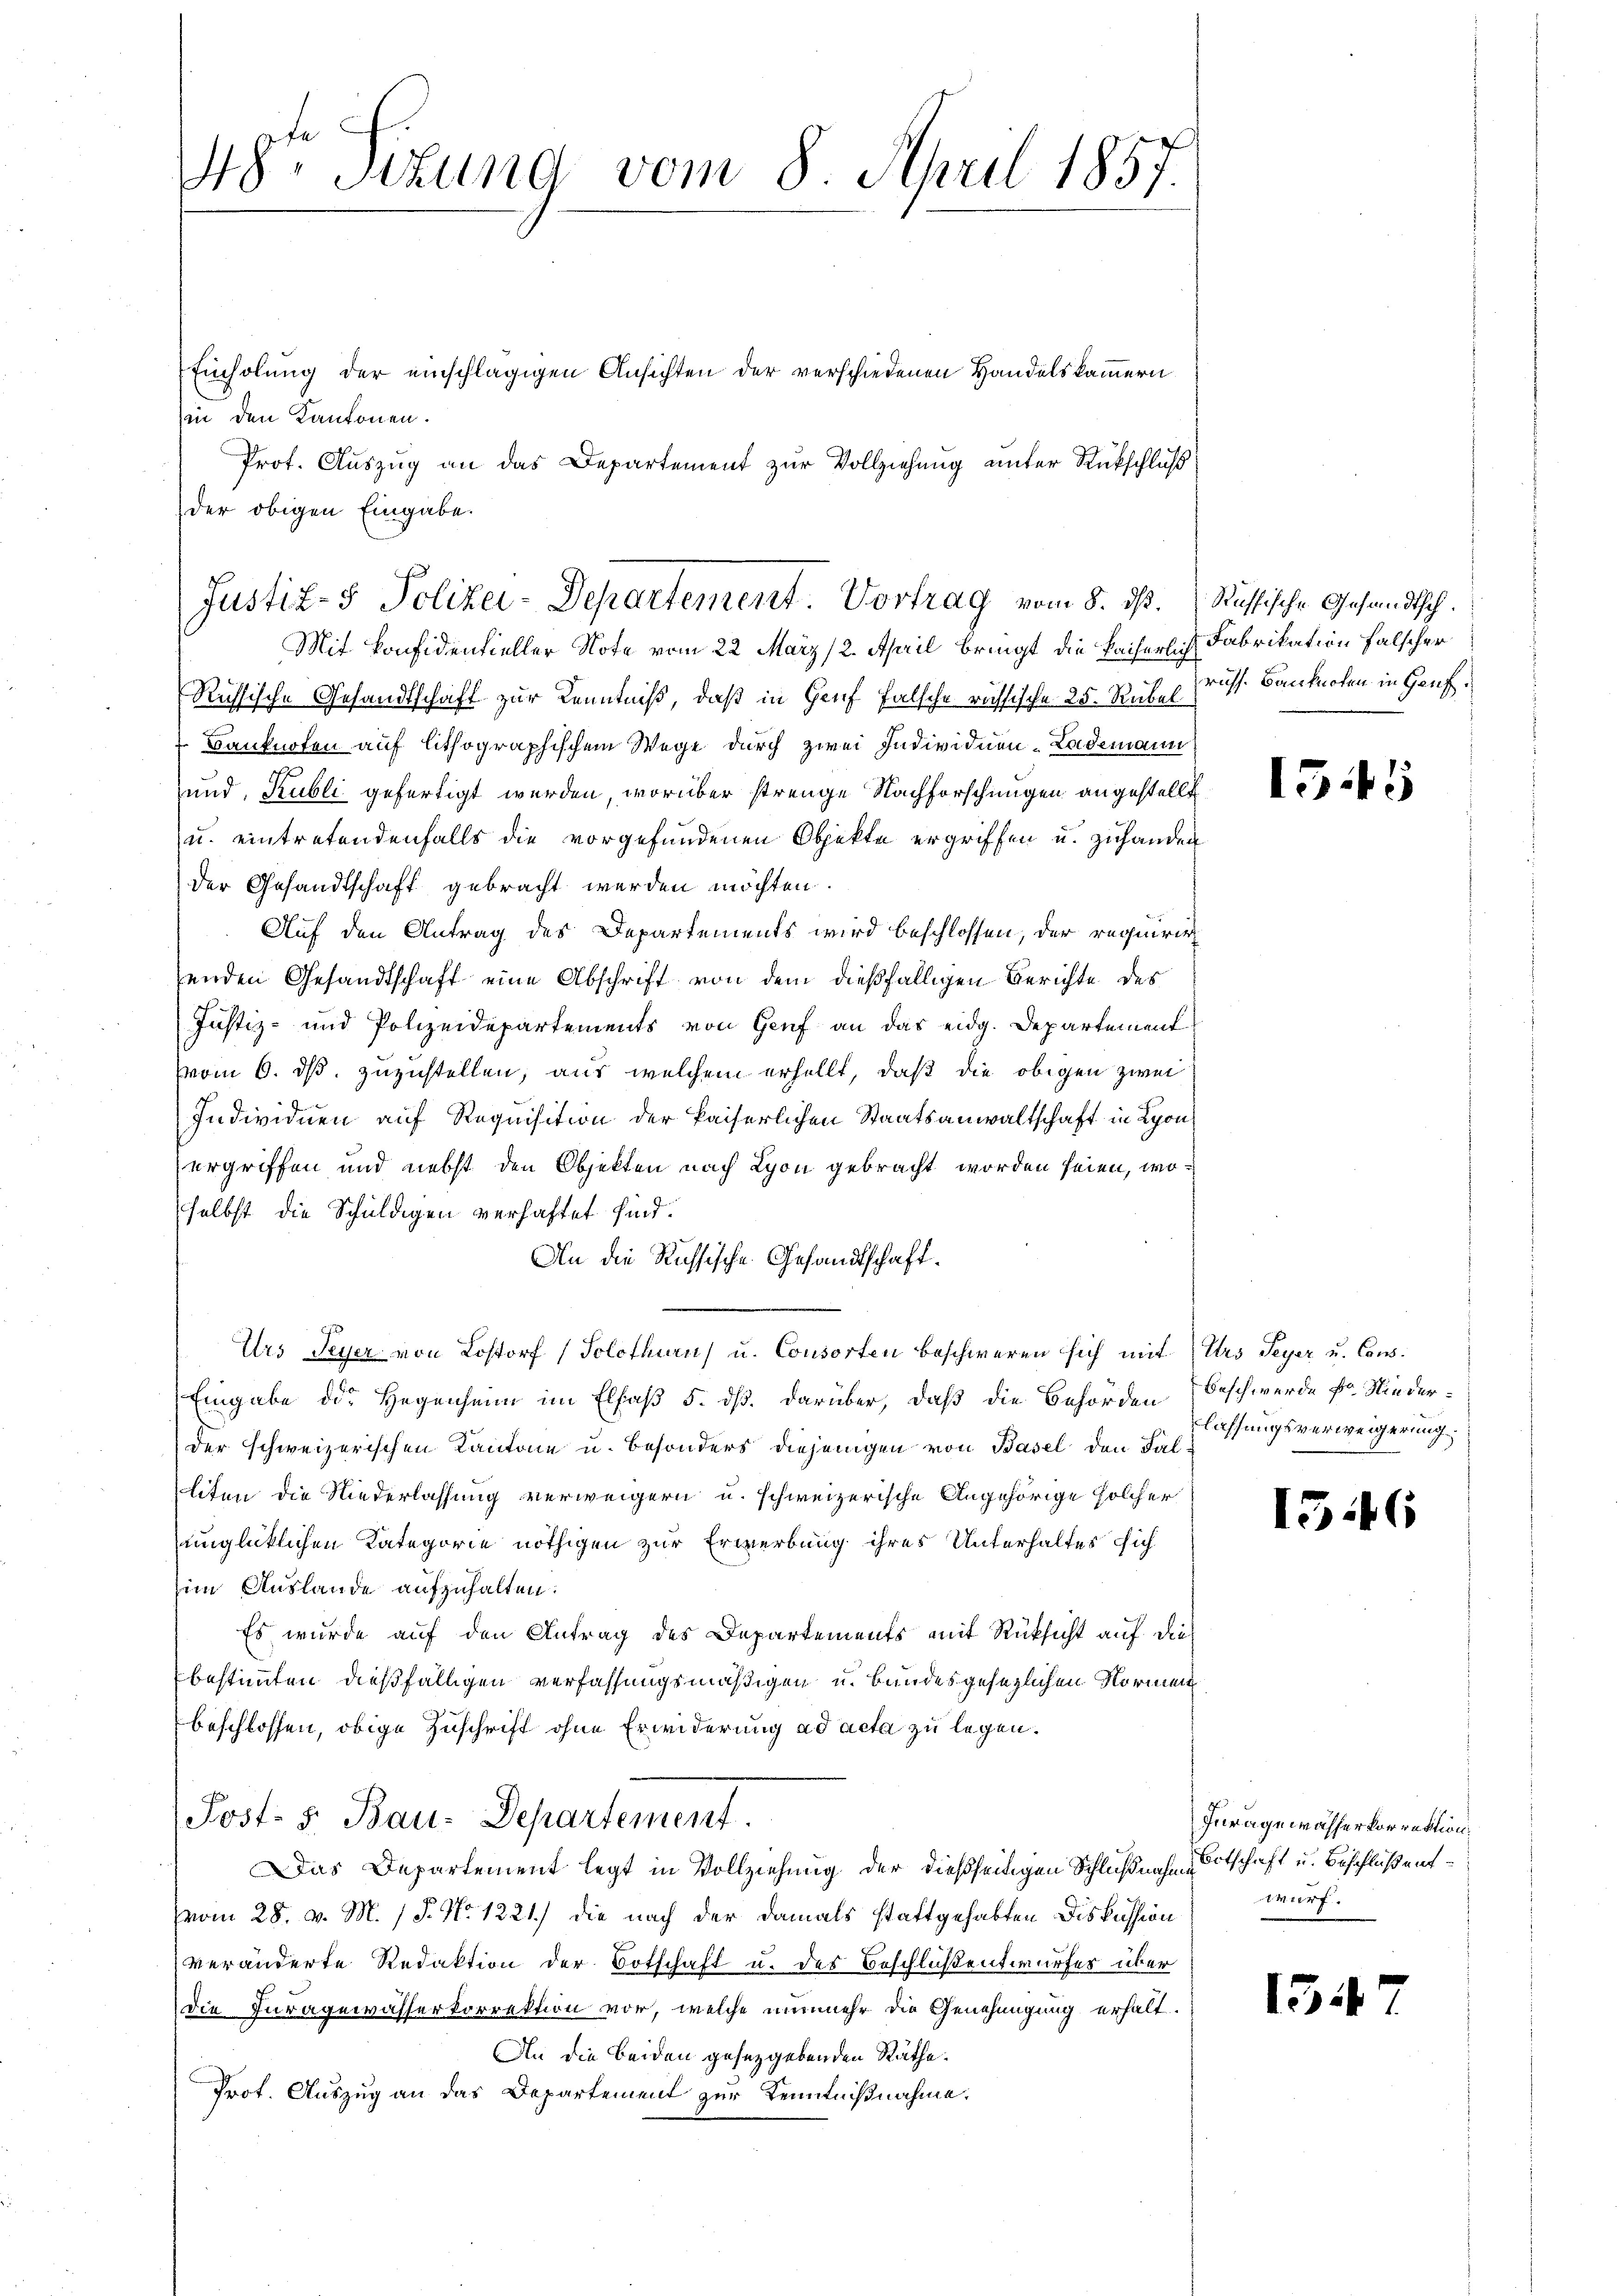
48te Situng vom 8. April 1857.

Einholung der einschlägigen Ansichten der verschiedenen Handelskammern
(in den Kantonen.
Prot. Auszug an das Departement zur Vollziehung unter Rückschluß
der obigen Eingabe.

Justiz- & Polizei-Departement. Vortrag vom 8. ds. Russische Gesandtsch.
Mit Konfidenfieller Note vom 22. März (2. April bringt die kaiserlich Fabrikation falscher

Russische Gesandtschaft zur Kenntniß, daß in Genf falsche richsische 25. Rubel
Banknoten auf lithographischem Wege durch zwei Individuen-Lademann
und, Kubli gefertigt werden, worüber strenge Nachforschungen angestellt
u. eintretendenfalls die vorgefundenen Objekte ergriffen u. zuhanden
der Gesandtschaft gebracht werden möchten.
Auf den Antrag des Departements wird beschlossen, der requirir
enden Gesandtschaft eine Abschrift von dem dießfälligen Berichte des
Justiz- und Polizeidepartements von Genf an das eidg. Departement
(vom 6. ds zuzustellen, aus welchem erhellt, daß die obigen zwei
Individuen auf Requisition der kaiserlichen Staatsanwaltschaft in Lyon
ergriffen und nebst den Objekten nach Lyon gebracht worden seien, woselbst die Schuldigen verhaftet sind.
An die Russische Gesandtschaft.
Urs Peyer von Lostorf (Solothurn) u. Consorten beschweren sich mit Urs Peyer u. Con¬
Eingabe die Hegenheim im Elsaß 5. dß. darüber, daß die Behörden Beschwerde fr Niederder schweizerischen Kantone u. besonders diejenigen von Basel den Falliten die Niederlassung verweigern u. schweizerische Angehörige solcher
unglücklichen Kategorie nöthigen zur Erwerbung ihres Unterhaltes sich
im Auslande aufzuhalten.
Es wurde auf den Antrag des Departements mit Rücksicht auf dies
bestimmten dießfälligen verfassungsmäßigen u. bandesgesezlichen Normen
beschlossen, obige Zuschrift ohne Erwiderung ad acta zu legen.
Post. S. Bau-Departement
Das Departement legt in Vollziehung der dießseitigen Schlußnahme Ortschaft u. Beschluß ent¬
(vom 28. v. M. / P. No. 1221) die nach der damals stattgehabten Diskussion
veränderte Redaktion der Botschaft u. des Beschlußentwurfes über
die Juragewässerkorrektion vor, welche nunmehr die Genehmigung erhalt.
An die beiden gesetzgebenden Räthe.
Prot. Auszug an das Departement zur Kenntnißnahme.

russ. Banknoten in Genf.

1545

lassungsverweigerung

1546

Iuragewässer korrektion.
wurf.

131